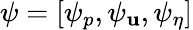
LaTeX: \psi=[\psi_{p},\psi_{{\mathbf u}},\psi_{\eta}]